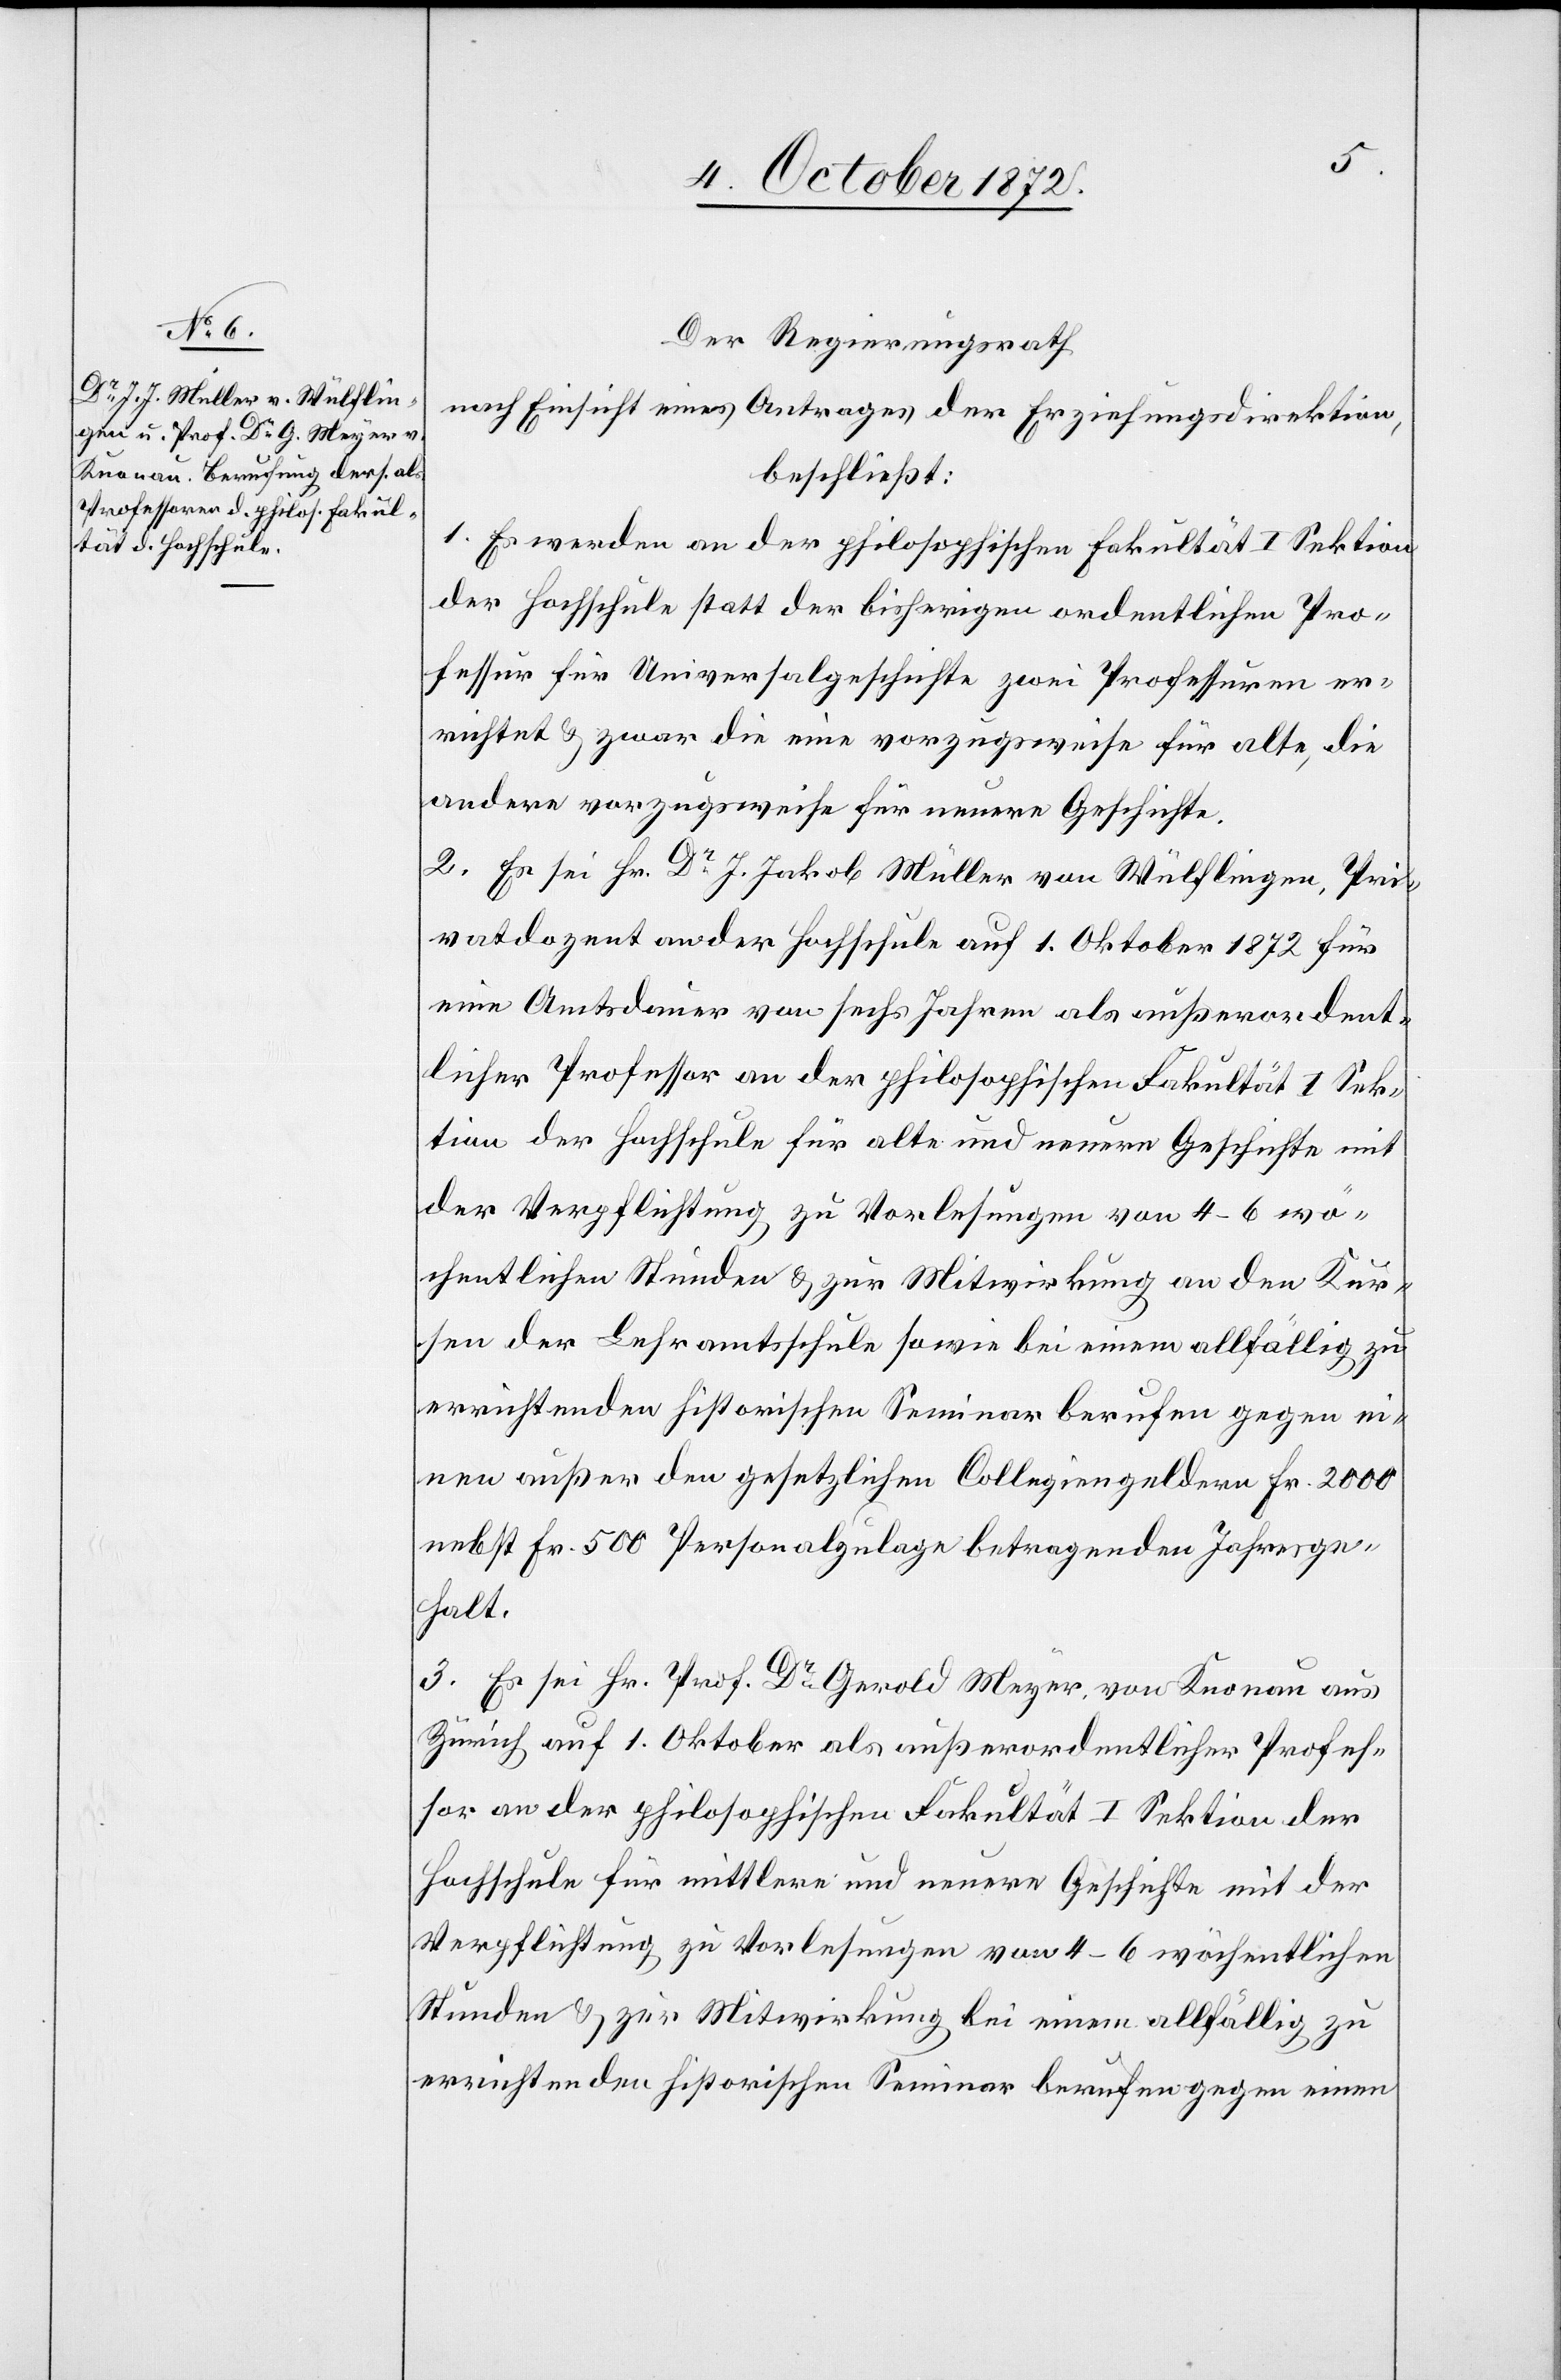
Der Regierungsrath
nach Einsicht eines Antrages der Erziehungsdirektion,
beschließt:
1. Es werden an der philosophischen Fakultät I Sektion
der Hochschule statt der bisherigen ordentlichen Pro¬
fessur für Universalgeschichte zwei Professuren er¬
richtet u. zwar die eine vorzugsweise für alte, die
andere vorzugsweise für neuere Geschichte.
2. Es sei Hr. Dr J. Jakob Müller von Wülflingen, Pri¬
vatdozent an der Hochschule auf 1. Oktober 1872 für
eine Amtsdauer von sechs Jahren als außerordent¬
licher Professor an der philosophischen Fakultät I Sek¬
tion der Hochschule für alte und neuere Geschichte mit
der Verpflichtung zu Vorlesungen von 4–6 wö¬
chentlichen Stunden u. zur Mitwirkung an den Kur¬
sen der Lehramtsschule sowie bei einem allfällig zu
errichtenden historischen Seminar berufen gegen ei¬
nen außer den gesetzlichen Collegiengeldern Fr. 2000
nebst Fr. 500 Personalzulage betragenden Jahresge¬
halt.
3. Es sei Hr. Prof. Dr Gerold Meyer, von Knonau aus
Zürich auf 1. Oktober als außerordentlicher Profes¬
sor an der philosophischen Fakultät I Sektion der
Hochschule für mittlere und neuere Geschichte mit der
Verpflichtung zu Vorlesungen von 4–6 wöchentlichen
Stunden u. zur Mitwirkung bei einem allfällig zu
errichtenden historischen Seminar berufen gegen einen